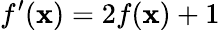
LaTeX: f^{\prime}(\mathbf{x})=2f(\mathbf{x})+1